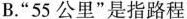
B.”55公里”是指路程